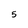
Character: 5